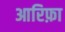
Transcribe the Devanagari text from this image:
आरिफ़ा